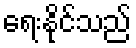
ရေးနိုင်သည်